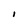
Character: I